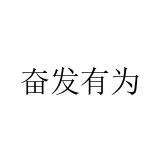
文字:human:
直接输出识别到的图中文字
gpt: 奋发有为